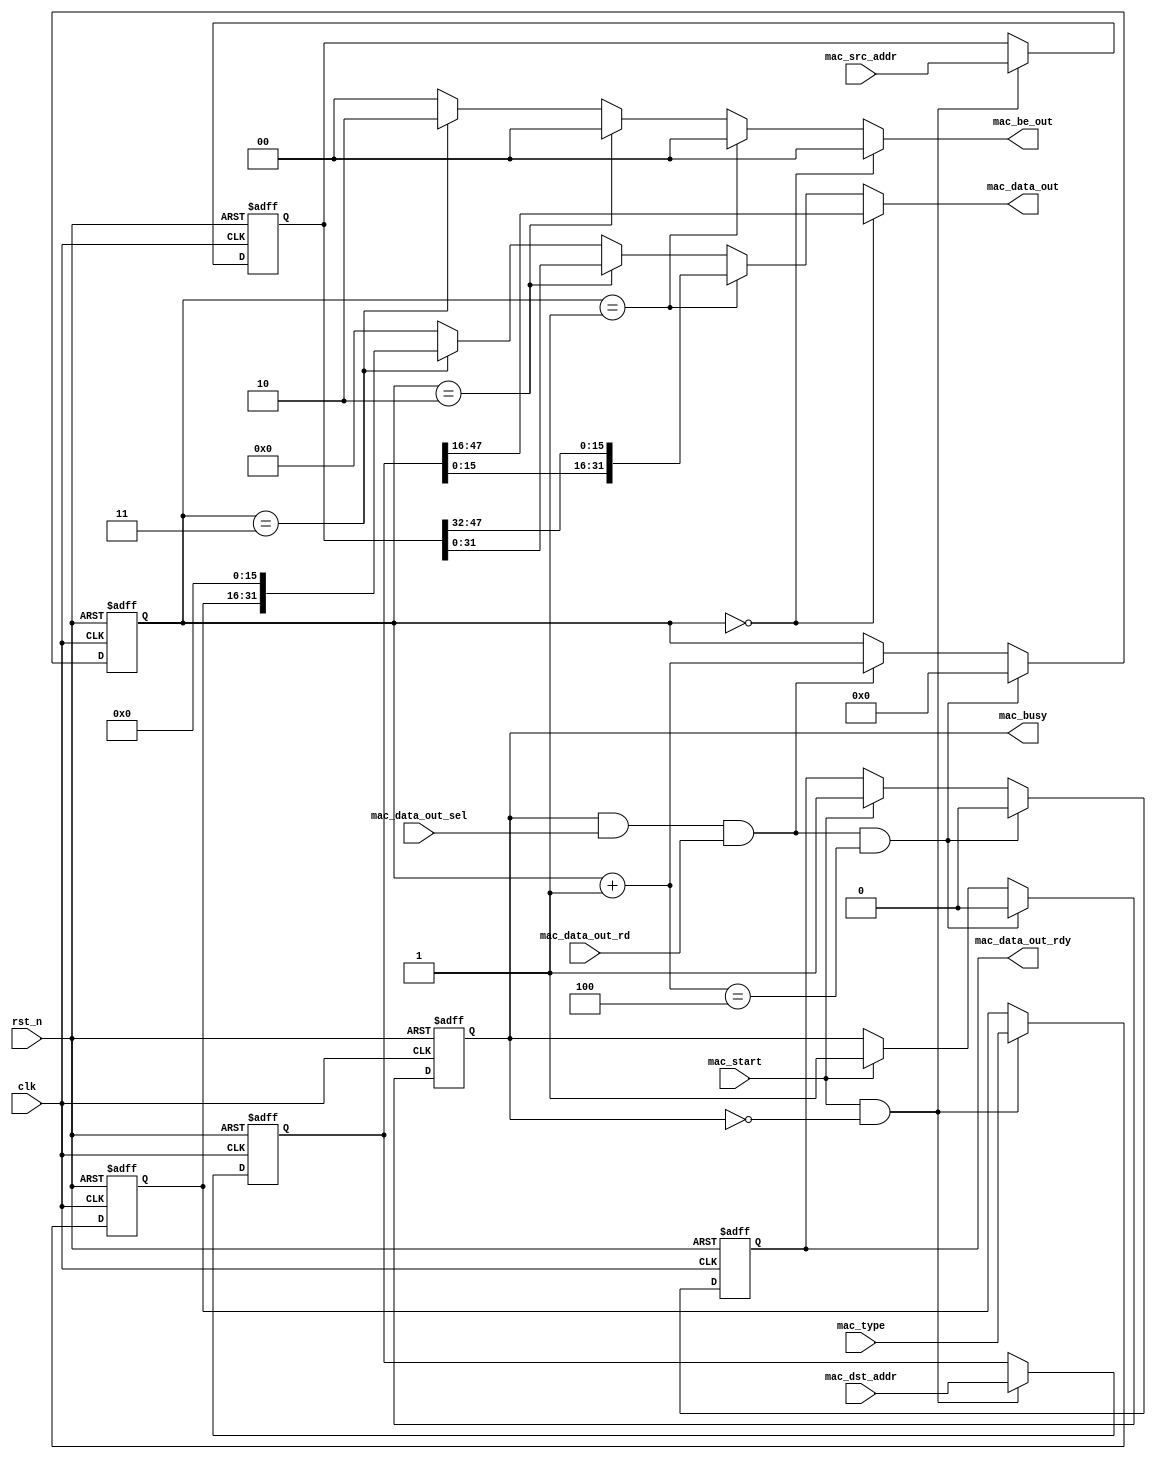
module mac_head_transmitter
(
	input				clk
	,input			rst_n
	
	//control signals
	,input					mac_start
	
	//packet parameters
	,input	[47:0]		mac_src_addr
	,input	[47:0]		mac_dst_addr
	,input	[15:0]		mac_type
	
	//status signals
	,output					mac_busy	
	
	//output data + controls
	,output	[31:0]		mac_data_out
	,output	[ 1:0]		mac_be_out
	,output					mac_data_out_rdy
	,input					mac_data_out_sel
	,input					mac_data_out_rd
);

reg				mac_work_r;
reg				mac_data_out_rdy_r;

reg	[47:0]	mac_src_addr_r;
reg	[47:0]	mac_dst_addr_r;
reg	[15:0]	mac_type_r;

reg	[3 :0]	mac_head_ptr;

wire				mac_stop;

//MAC WORK SIGNAL
always @(posedge clk or negedge rst_n)
	if (!rst_n)				mac_work_r <= 1'b0;
	else if (mac_stop)	mac_work_r <= 1'b0;
	else if (mac_start)	mac_work_r <= 1'b1;

//MAC SOURCE ADDRESS REGISTER
always @(posedge clk or negedge rst_n)
	if (!rst_n)									mac_src_addr_r <= 48'b0;
	else if (mac_start & !mac_work_r)	mac_src_addr_r <= mac_src_addr;

//MAC DESTINATION ADDRESS REGISTER
always @(posedge clk or negedge rst_n)
	if (!rst_n)									mac_dst_addr_r <= 48'b0;
	else if (mac_start & !mac_work_r)	mac_dst_addr_r <= mac_dst_addr;

//MAC TYPE
always @(posedge clk or negedge rst_n)
	if (!rst_n)									mac_type_r <= 16'b0;
	else if (mac_start & !mac_work_r)	mac_type_r <= mac_type;
	
//MAC HEADER POINTER
always @(posedge clk or negedge rst_n)
	if (!rst_n)																	mac_head_ptr <= 4'b0;
	else if (mac_stop)														mac_head_ptr <= 4'b0;
	else if (mac_work_r & mac_data_out_sel & mac_data_out_rd)	mac_head_ptr <= mac_head_ptr + 4'd1;

//MAC FRAGMENT SEND STOP
assign mac_stop = mac_work_r & mac_data_out_sel & mac_data_out_rd & ((mac_head_ptr + 4'd1) == 4'd4);

//MAC OUT DATA READY
always @(posedge clk or negedge rst_n)
	if (!rst_n)					mac_data_out_rdy_r <= 1'b0;
	else if (mac_stop)		mac_data_out_rdy_r <= 1'b0;
	else if (mac_start)		mac_data_out_rdy_r <= 1'b1;

//Output signals
assign mac_busy 			=	mac_work_r;
assign mac_data_out_rdy =	mac_data_out_rdy_r;
assign mac_data_out 		=	(mac_head_ptr == 4'd0) ? mac_dst_addr_r[47:16]:
									(mac_head_ptr == 4'd1) ? {mac_dst_addr_r[15: 0], mac_src_addr_r[47:32]}:
									(mac_head_ptr == 4'd2) ? mac_src_addr_r[31:0]:
									(mac_head_ptr == 4'd3) ? {mac_type_r, 16'b0}:
									32'h0;

//MAC BYTE ENABLE
assign mac_be_out = 	(mac_head_ptr == 4'd0) ? 2'b00:
							(mac_head_ptr == 4'd1) ? 2'b00:
							(mac_head_ptr == 4'd2) ? 2'b00:
							(mac_head_ptr == 4'd3) ? 2'b10:
							2'b0000;


endmodule